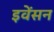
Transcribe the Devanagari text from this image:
इवेंसन